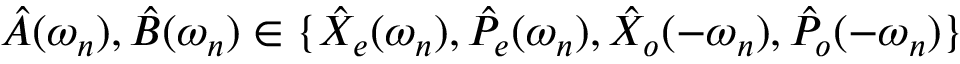
\hat { A } ( \omega _ { n } ) , \hat { B } ( \omega _ { n } ) \in \{ \hat { X } _ { e } ( \omega _ { n } ) , \hat { P } _ { e } ( \omega _ { n } ) , \hat { X } _ { o } ( - \omega _ { n } ) , \hat { P } _ { o } ( - \omega _ { n } ) \}